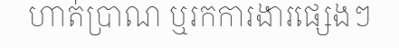
ហាត់ប្រាណ ឬរកការងារផ្សេងៗ